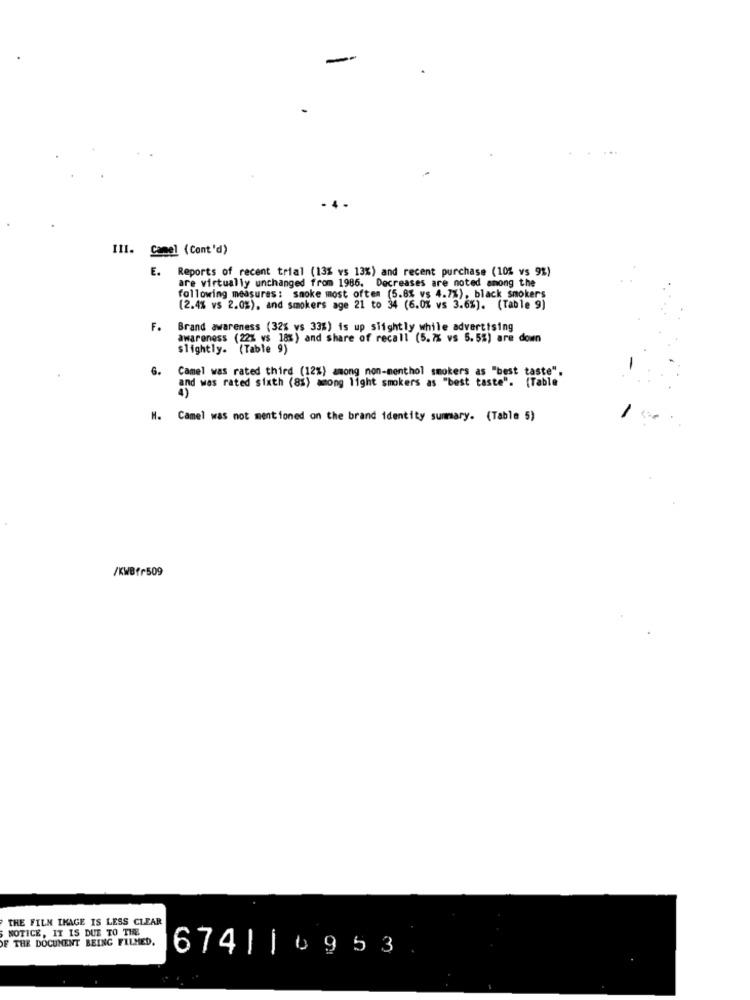
-
III. Canel (Cont'd)
E. Reports of recent trial (13% vs 13%) and recent purchase (10% vs 9%)
are virtually unchanged from 1986. Decreases are noted among the
following measures : smoke most often (5.8% vs 4.7%), black smokers
(2.4% vs 2.0%), and smokers age 21 to 34 (6.0% vs 3.6%). (Table 9)
F.
Brand awareness (32% vs 33%) is up slightly while advertising
awareness (22% vs 18%) and share of recall (5.7% vs 5.5%) are down
slightly- (Table 9)
6.
Camel was rated third (12%) among non-menthol smokers as "best taste".
and was rated sixth (8%) among light smokers as "best taste". (Table
H. Camel was not mentioned on the brand identity summary. (Table 5)
/KWBfr509
THE FILM IMAGE IS LESS CLEAR
NOTICE, IT IS DUE TO THE
F THE DOCUMENT BEING FILMED.
674| | 0953